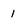
Character: 1